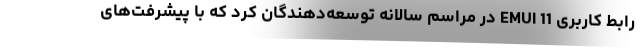
رابط کاربری EMUI 11 در مراسم سالانه توسعه‌دهندگان کرد که با پیشرفت‌های